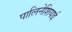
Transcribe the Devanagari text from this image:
पालिनेशियाई